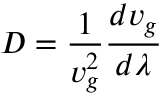
D = { \frac { 1 } { v _ { g } ^ { 2 } } } { \frac { d v _ { g } } { d \lambda } }